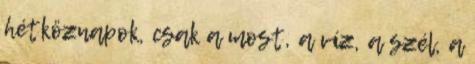
hétköznapok, csak a most, a víz, a szél, a